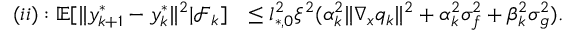
\begin{array} { r l } { ( i i ) : \mathbb { E } [ \| y _ { k + 1 } ^ { * } - y _ { k } ^ { * } \| ^ { 2 } | \mathcal { F } _ { k } ] } & { \le l _ { * , 0 } ^ { 2 } \xi ^ { 2 } ( \alpha _ { k } ^ { 2 } \| \nabla _ { x } q _ { k } \| ^ { 2 } + \alpha _ { k } ^ { 2 } \sigma _ { f } ^ { 2 } + \beta _ { k } ^ { 2 } \sigma _ { g } ^ { 2 } ) . } \end{array}